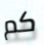
كم